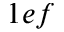
1 e f